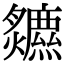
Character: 𤓏